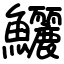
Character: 鱺